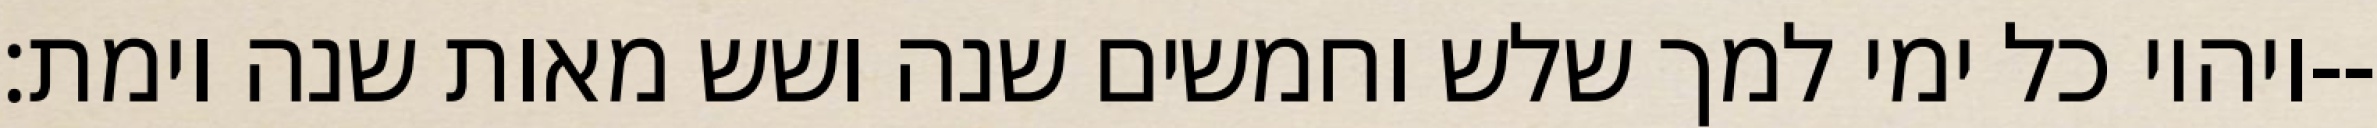
ויהיו כל ימי למך שלש וחמשים שנה ושש מאות שנה וימת׃--